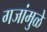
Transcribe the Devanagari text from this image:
गजांमुळे